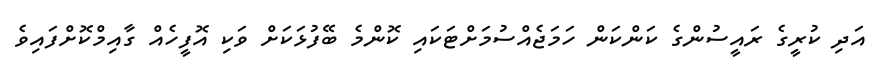
އަދި ކުރީގެ ރައީސުންގެ ކަންކަން ހަމަޖެއްސުމަށްޓަކައި ކޮންމެ ބޭފުޅަކަށް ވަކި އޮފީހެއް ގާއިމްކޮށްފައިވެ